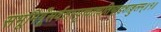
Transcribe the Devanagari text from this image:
सभूमिगूँसर्वतस्पृत्त्वात्त्यतिष्ठ्ठद्दशाङ्गुलम्॥१॥